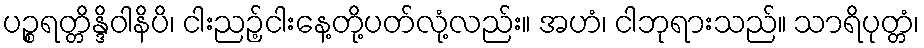
ပဉ္စရတ္တိန္ဒိဝါနိပိ၊ ငါးညဉ့်ငါးနေ့တို့ပတ်လုံ့လည်း။ အဟံ၊ ငါဘုရားသည်။ သာရိပုတ္တံ၊